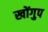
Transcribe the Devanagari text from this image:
खोंगुप